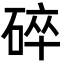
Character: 碎